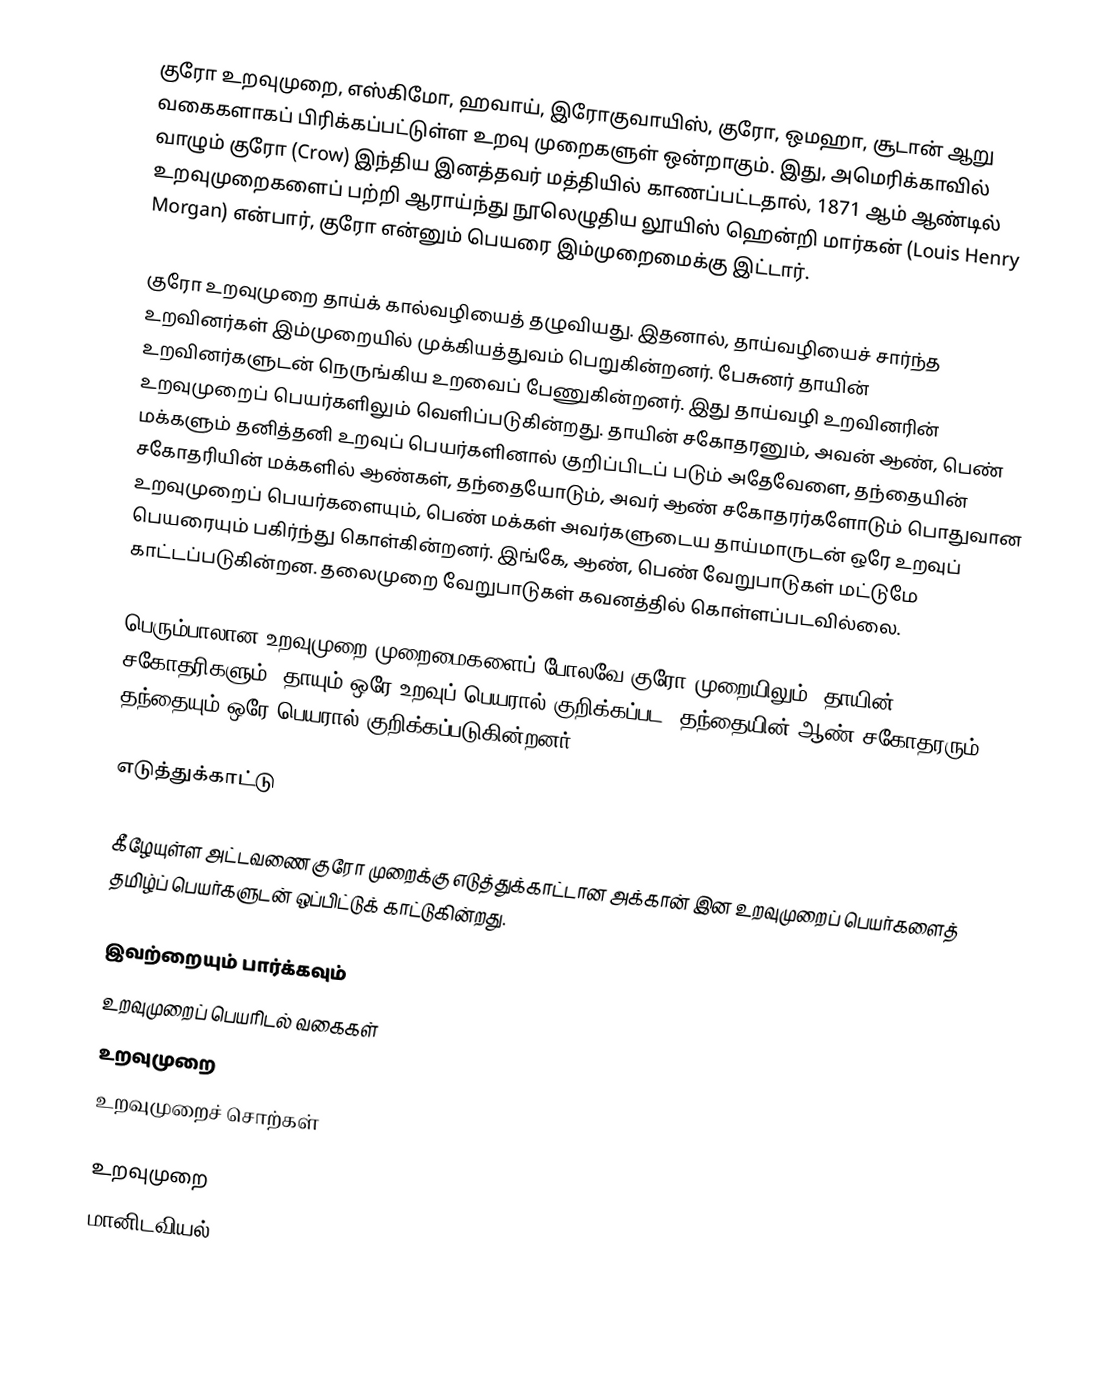
குரோ உறவுமுறை, எஸ்கிமோ, ஹவாய், இரோகுவாயிஸ், குரோ, ஒமஹா, சூடான் ஆறு வகைகளாகப் பிரிக்கப்பட்டுள்ள உறவு முறைகளுள் ஒன்றாகும். இது, அமெரிக்காவில் வாழும் குரோ (Crow) இந்திய இனத்தவர் மத்தியில் காணப்பட்டதால், 1871 ஆம் ஆண்டில் உறவுமுறைகளைப் பற்றி ஆராய்ந்து நூலெழுதிய லூயிஸ் ஹென்றி மார்கன் (Louis Henry Morgan) என்பார், குரோ என்னும் பெயரை இம்முறைமைக்கு இட்டார்.

குரோ உறவுமுறை தாய்க் கால்வழியைத் தழுவியது. இதனால், தாய்வழியைச் சார்ந்த உறவினர்கள் இம்முறையில் முக்கியத்துவம் பெறுகின்றனர். பேசுனர் தாயின் உறவினர்களுடன் நெருங்கிய உறவைப் பேணுகின்றனர். இது தாய்வழி உறவினரின் உறவுமுறைப் பெயர்களிலும் வெளிப்படுகின்றது. தாயின் சகோதரனும், அவன் ஆண், பெண் மக்களும் தனித்தனி உறவுப் பெயர்களினால் குறிப்பிடப் படும் அதேவேளை, தந்தையின் சகோதரியின் மக்களில் ஆண்கள், தந்தையோடும், அவர் ஆண் சகோதரர்களோடும் பொதுவான உறவுமுறைப் பெயர்களையும், பெண் மக்கள் அவர்களுடைய தாய்மாருடன் ஒரே உறவுப் பெயரையும் பகிர்ந்து கொள்கின்றனர். இங்கே, ஆண், பெண் வேறுபாடுகள் மட்டுமே காட்டப்படுகின்றன. தலைமுறை வேறுபாடுகள் கவனத்தில் கொள்ளப்படவில்லை.

பெரும்பாலான உறவுமுறை முறைமைகளைப் போலவே குரோ முறையிலும், தாயின் சகோதரிகளும், தாயும் ஒரே உறவுப் பெயரால் குறிக்கப்பட, தந்தையின் ஆண் சகோதரரும்,  தந்தையும் ஒரே பெயரால் குறிக்கப்படுகின்றனர்.

எடுத்துக்காட்டு

கீழேயுள்ள அட்டவணை குரோ முறைக்கு எடுத்துக்காட்டான அக்கான் இன உறவுமுறைப் பெயர்களைத் தமிழ்ப் பெயர்களுடன் ஒப்பிட்டுக் காட்டுகின்றது.

இவற்றையும் பார்க்கவும்
 உறவுமுறைப் பெயரிடல் வகைகள்
 உறவுமுறை
 உறவுமுறைச் சொற்கள்

உறவுமுறை
 மானிடவியல்